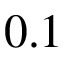
0 . 1